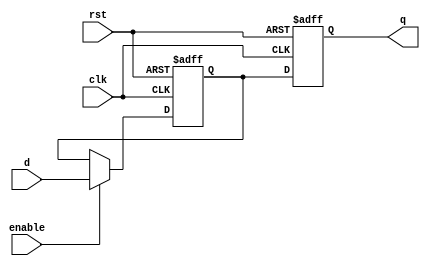
module transparent_latch_flipflop (
    input wire clk,
    input wire rst,
    input wire enable,
    input wire d,
    output reg q
);

reg latch;

always @(posedge clk or posedge rst) begin
    if (rst) begin
        latch <= 1'b0;
        q <= 1'b0;
    end else begin
        if (enable) begin
            latch <= d;
        end
        q <= latch;
    end
end

endmodule